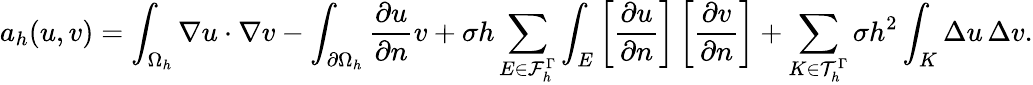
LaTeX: a_{h}(u,v)=\int_{\Omega_{h}}\nabla u\cdot\nabla v-\int_{\partial\Omega_{h}}\frac{\partial u}{\partial n}v+\sigma h\sum_{E\in\mathcal{F}_{h}^{\Gamma}}\int_{E}\left[\frac{\partial u}{\partial n}\right]\left[\frac{\partial v}{\partial n}\right]+\sum_{K\in\mathcal{T}_{h}^{\Gamma}}\sigma h^{2}\int_{K}\Delta u\, \Delta v.